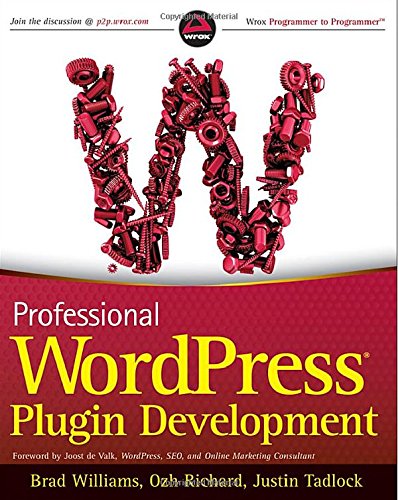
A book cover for Professional WordPress Plugin Development; Brad Williams; Computers & Technology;